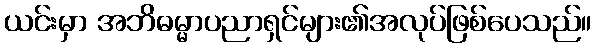
ယင်းမှာ အဘိဓမ္မာပညာရှင်များ၏အလုပ်ဖြစ်ပေသည်။